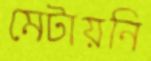
মেটায়নি